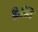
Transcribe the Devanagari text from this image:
क्रिस्ति